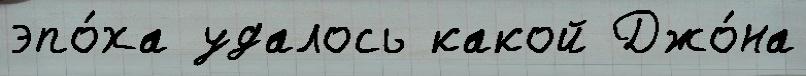
эпо́ха удалось какой Джо́на